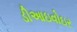
ડીઆઇવોઇર